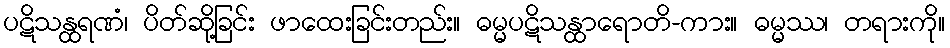
ပဋိသန္ထရဏံ၊ ပိတ်ဆို့ခြင်း ဖာထေးခြင်းတည်း။ ဓမ္မပဋိသန္ထာရောတိ-ကား။ ဓမ္မဿ၊ တရားကို။